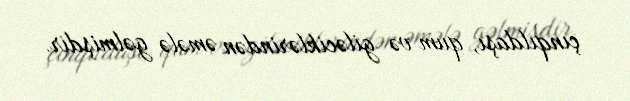
çınqıldaşı, qum və giləciklərindən əmələ gəlmişdir.